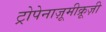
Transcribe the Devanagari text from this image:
ट्रोपेनाज़ूमीक्रूज़ी